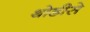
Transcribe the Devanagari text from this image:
थोडीसे